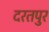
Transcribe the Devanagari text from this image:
दरतपुर